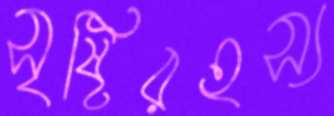
সৃষ্টিরহস্য